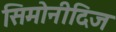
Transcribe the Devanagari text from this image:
सिमोनीदिज